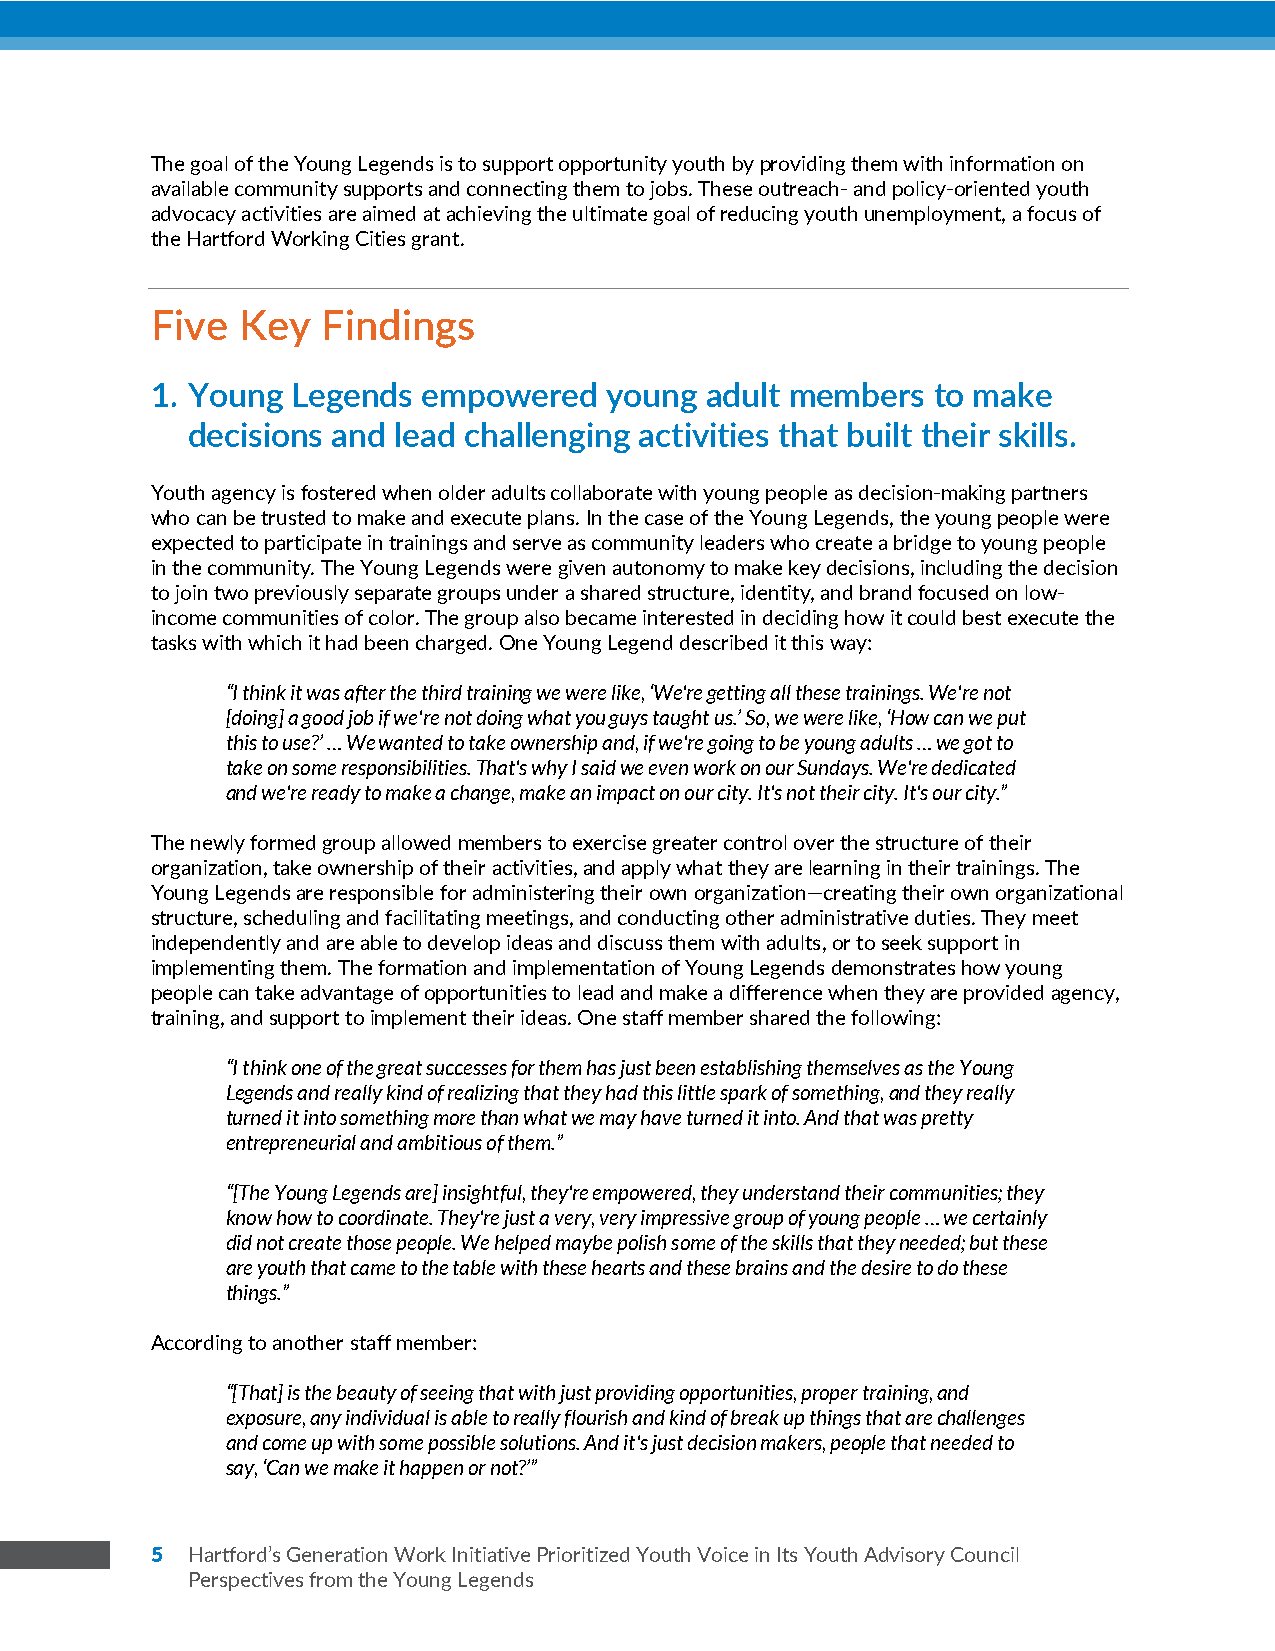
z
 The goal of the Young Legends is to support opportunity youth by providing them with information on
 available community supports and connecting them to jobs. These outreach- and policy-oriented youth
 advocacy activities are aimed at achieving the ultimate goal of reducing youth unemployment, a focus of
 the Hartford Working Cities grant.
 Five  Key  Findings
 1. Young Legends  empowered   young  adult members  to make
 decisions and lead challenging activities that built their skills.
 Youth agency is fostered when older adults collaborate with young people as decision-making partners
 who can be trusted to make and execute plans. In the case of the Young Legends, the young people were
 expected to participate in trainings and serve as community leaders who create a bridge to young people
 in the community. The Young Legends were given autonomy to make key decisions, including the decision
 to join two previously separate groups under a shared structure, identity, and brand focused on low-
 income communities of color. The group also became interested in deciding how it could best execute the
 tasks with which it had been charged. One Young Legend described it this way:
 “I think it was after the third training we were like, ‘We're getting all these trainings. We're not
 [doing] a good job if we're not doing what you guys taught us.’ So, we were like, ‘How can we put
 this to use?’ … We wanted to take ownership and, if we're going to be young adults … we got to
 take on some responsibilities. That's why I said we even work on our Sundays. We're dedicated
 and we're ready to make a change, make an impact on our city. It's not their city. It's our city.”
 The newly formed group allowed members to exercise greater control over the structure of their
 organization, take ownership of their activities, and apply what they are learning in their trainings. The
 Young Legends are responsible for administering their own organization—creating their own organizational
 structure, scheduling and facilitating meetings, and conducting other administrative duties. They meet
 independently and are able to develop ideas and discuss them with adults, or to seek support in
 implementing them. The formation and implementation of Young Legends demonstrates how young
 people can take advantage of opportunities to lead and make a difference when they are provided agency,
 training, and support to implement their ideas. One staff member shared the following:
 “I think one of the great successes for them has just been establishing themselves as the Young
 Legends and really kind of realizing that they had this little spark of something, and they really
 turned it into something more than what we may have turned it into. And that was pretty
 entrepreneurial and ambitious of them.”
 “[The Young Legends are] insightful, they're empowered, they understand their communities; they
 know how to coordinate. They're just a very, very impressive group of young people … we certainly
 did not create those people. We helped maybe polish some of the skills that they needed; but these
 are youth that came to the table with these hearts and these brains and the desire to do these
 things.”
 According to another staff member:
 “[That] is the beauty of seeing that with just providing opportunities, proper training, and
 exposure, any individual is able to really flourish and kind of break up things that are challenges
 and come up with some possible solutions. And it's just decision makers, people that needed to
 say, ‘Can we make it happen or not?’”
 5 Hartford’s Generation Work Initiative Prioritized Youth Voice in Its Youth Advisory Council
 Perspectives from the Young Legends